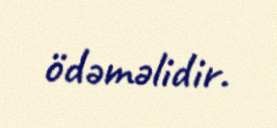
ödəməlidir.